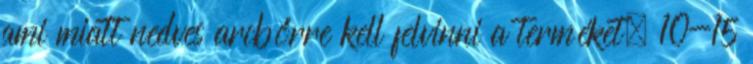
ami miatt nedves arcbőrre kell felvinni a terméket. 10-15